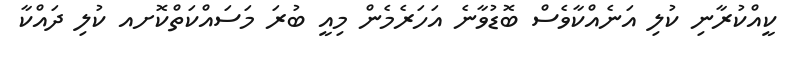
ކީއްކުރާނި ކުލި އަނެއްކާވެސް ބޮޑުވާނެ އަހަރެމެން މިއީ ބުރަ މަސައްކަތްކޮށއ ކުލި ދައްކާ